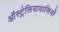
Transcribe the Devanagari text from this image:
ऑस्ट्रेलियावासियों